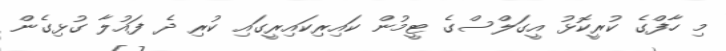
މި ހާފްގެ ކުރީކޮޅު އީގަލްސްގެ ޓީމުން ކައިރިކައިރީގައި ކުރި ދެ ފައުލާ ގުޅިގެން